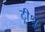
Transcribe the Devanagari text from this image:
ट्रीश्रू